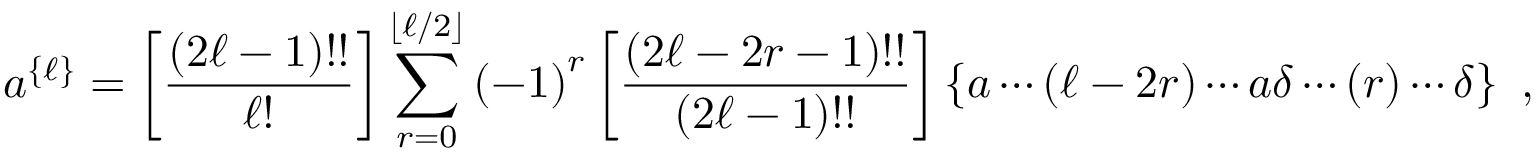
a ^ { \left\{ \ell \right\} } = \left[ \frac { \left( 2 \ell - 1 \right) ! ! } { \ell ! } \right] \sum _ { r = 0 } ^ { \lfloor \ell / 2 \rfloor } \left( - 1 \right) ^ { r } \left[ \frac { \left( 2 \ell - 2 r - 1 \right) ! ! } { \left( 2 \ell - 1 \right) ! ! } \right] \left\{ a \cdots \left( \ell - 2 r \right) \cdots a \delta \cdots \left( r \right) \cdots \delta \right\} \ ,